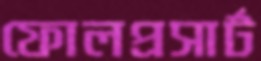
ফোলপ্রসার্ট